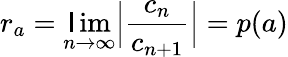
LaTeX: r_{a}=\operatorname*{\mathsf{l}im}_{n\rightarrow\infty}\Big|\frac{{c_{n}}}{{c_{n+1}}}\Big|=p(a)